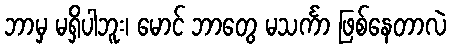
ဘာမှ မရှိပါဘူး၊ မောင် ဘာတွေ မသင်္ကာ ဖြစ်နေတာလဲ